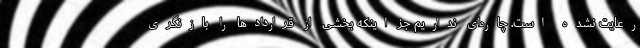
رعایت نشده است. چاره‌ای نداریم جز اینکه بخشی از قراردادها را بازنگری